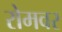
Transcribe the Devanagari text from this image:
रोमवर